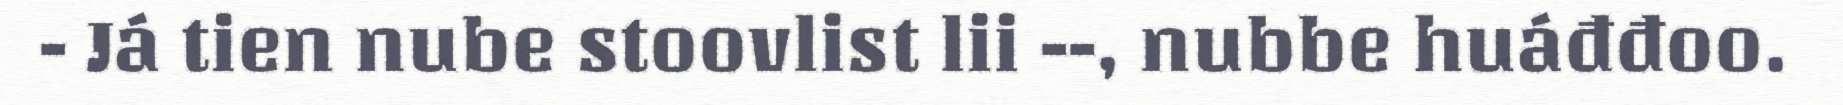
- Já tien nube stoovlist lii --, nubbe huáđđoo.